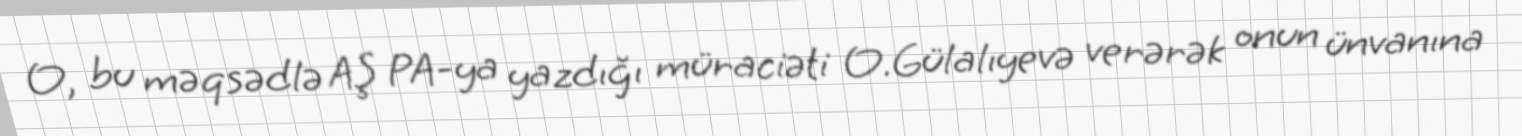
O, bu məqsədlə AŞ PA-ya yazdığı müraciəti O.Gülalıyevə verərək onun ünvanına